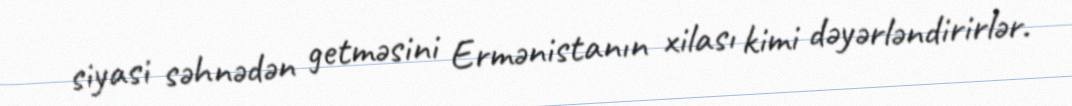
siyasi səhnədən getməsini Ermənistanın xilası kimi dəyərləndirirlər.